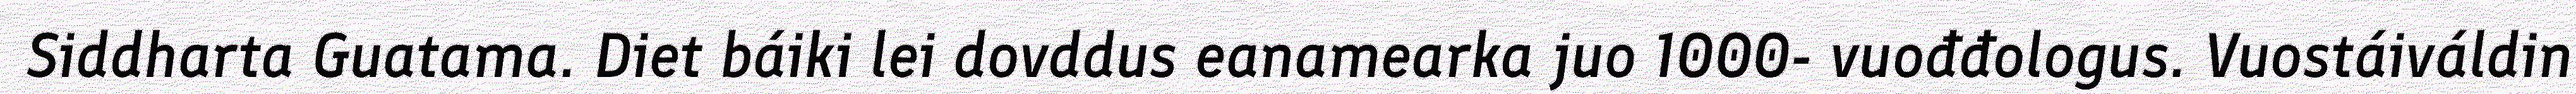
Siddharta Guatama. Diet báiki lei dovddus eanamearka juo 1000- vuođđologus. Vuostáiváldin